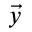
\vec { y }